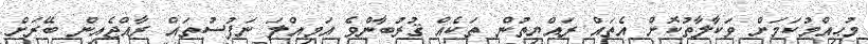
މުޙިއްމުކަމަށް ވަކާލާތުކޮށް އެތައް ރައްޔިތުން ތަކެއް ޤުރުބާންވެ އަމިއްލަ ނަފުސުތައް ރާއްޖެއިން ބޭރަށް